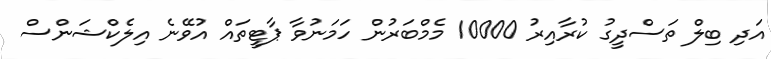
އަދި ބިލް ތަސްދީގު ކުރާއިރު 10000 މެމްބަރުން ހަމަނުވާ ޕާޓީތައް އުވޭނެ އިލެކްޝަންސް